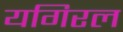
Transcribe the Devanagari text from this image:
यगिरल